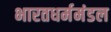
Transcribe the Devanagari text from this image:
भारतधर्ममंडल